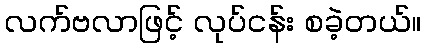
လက်ဗလာဖြင့် လုပ်ငန်း စခဲ့တယ်။